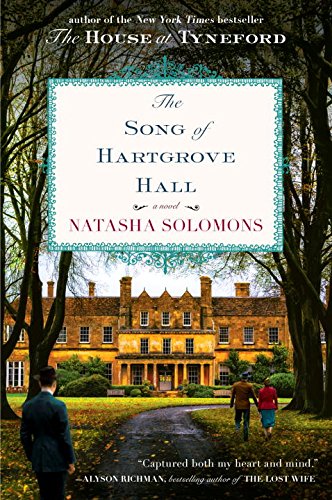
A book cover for The Song of Hartgrove Hall: A Novel; Natasha Solomons; Romance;